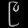
Digit: ၉